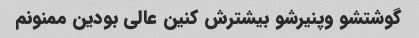
گوشتشو وپنیرشو بیشترش کنین عالی بودین ممنونم